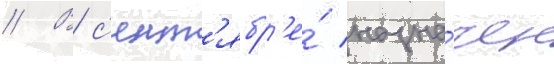
// В с'ент'ябр'е́ назна́чен